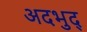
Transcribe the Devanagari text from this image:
अदभुद्